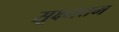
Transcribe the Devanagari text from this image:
सूक्ष्मत्तम